Report on the working of the mental hospitals for Indians in Bihar and Orissa - 1925-1929
Year: 1925
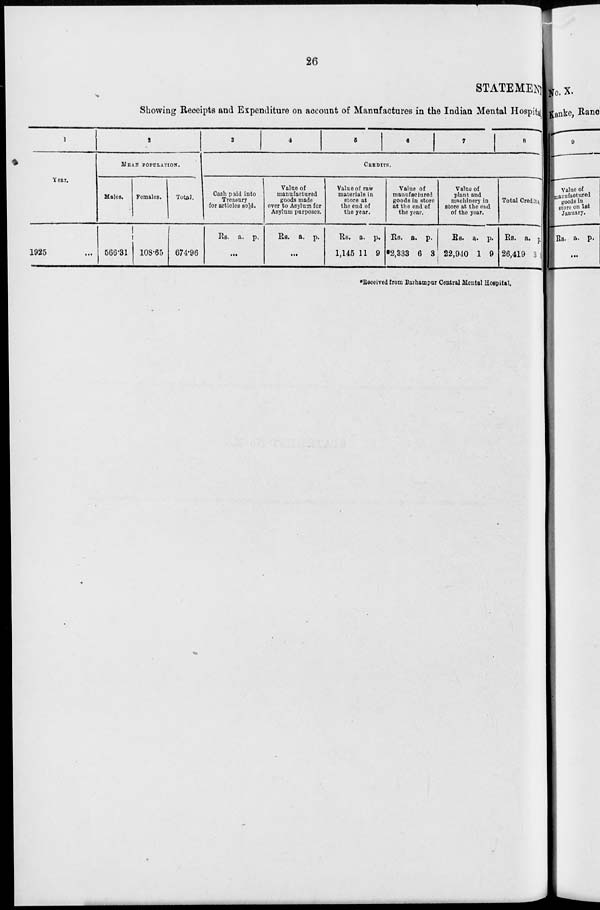
26
STATEMENT
Showing Receipts and Expenditure on account of Manufactures in the Indian Mental Hospital
1
Year.
1925 ...
2
MEAN POPULATION.
Males.
566.31
Females.
108.65
Total.
674.96
3
4
5
6
7
8
CREDITS.
Cash paid into
Treasury
for articles sold.
Rs. a. p.
...
Value of
manufactured
goods made
over to Asylum for
Asylum purposes.
Rs. a. p.
...
Value of raw
materials in
store at
the end of
the year.
Rs.
1,145
a.
11
p.
9
Value of
manufactured
goods in store
at the end of
the year.
Rs.
*2,333
a.
6
p.
3
Value of
plant and
machinery in
store at the end
of the year.
Rs.
22,940
a.
1
p.
9
Total Credits.
Rs.
26,419
a.
3
p.
9
*Received from Barhampur Central Mental Hospital.